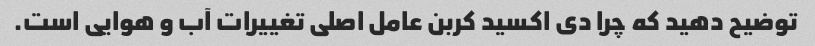
توضیح دهید که چرا دی اکسید کربن عامل اصلی تغییرات آب و هوایی است.